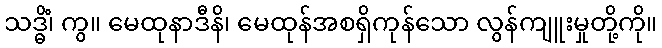
သဒ္ဓိံ၊ ကွ။ မေထုနာဒီနိ၊ မေထုန်အစရှိကုန်သော လွန်ကျူးမှုတို့ကို။